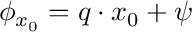
\phi _ { x _ { 0 } } = \boldsymbol { q } \cdot \boldsymbol { x } _ { 0 } + \psi